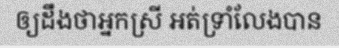
ឲ្យដឹងថាអ្នកស្រី អត់ទ្រាំលែងបាន